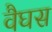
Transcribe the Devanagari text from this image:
वैघस